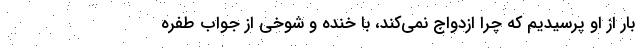
بار از او پرسیدیم که چرا ازدواج نمی‌کند، با خنده و شوخی از جواب طفره